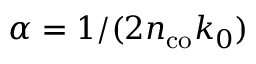
\alpha = 1 / ( 2 n _ { \mathrm { c o } } k _ { 0 } )